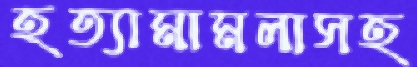
হত্যামামলাসহ